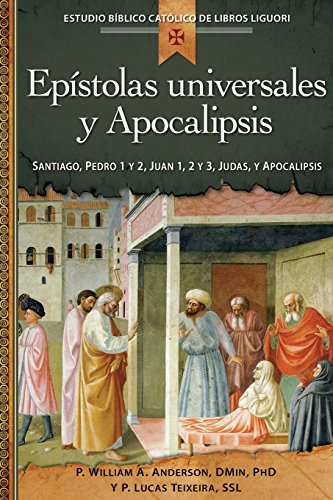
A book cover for EpÃ­stolas universales y Apocalipsis: Juan 1, 2 y 3, Santiago, Pedro 1 y 2, Judas, Apocalipsis (Estudio Biblico Catolico De Libros Liguori / Liguori Catholic Bible Study) (Spanish Edition); William Anderson; Christian Books & Bibles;